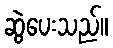
ဆွဲပေးသည်။